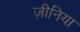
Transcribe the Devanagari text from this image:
ज़ीनिया